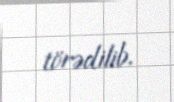
törədilib.